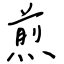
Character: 煎